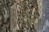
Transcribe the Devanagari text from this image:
तटा